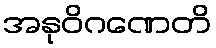
အနုဝိဂဏေတိ